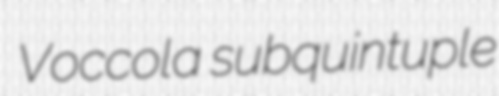
Voccola subquintuple